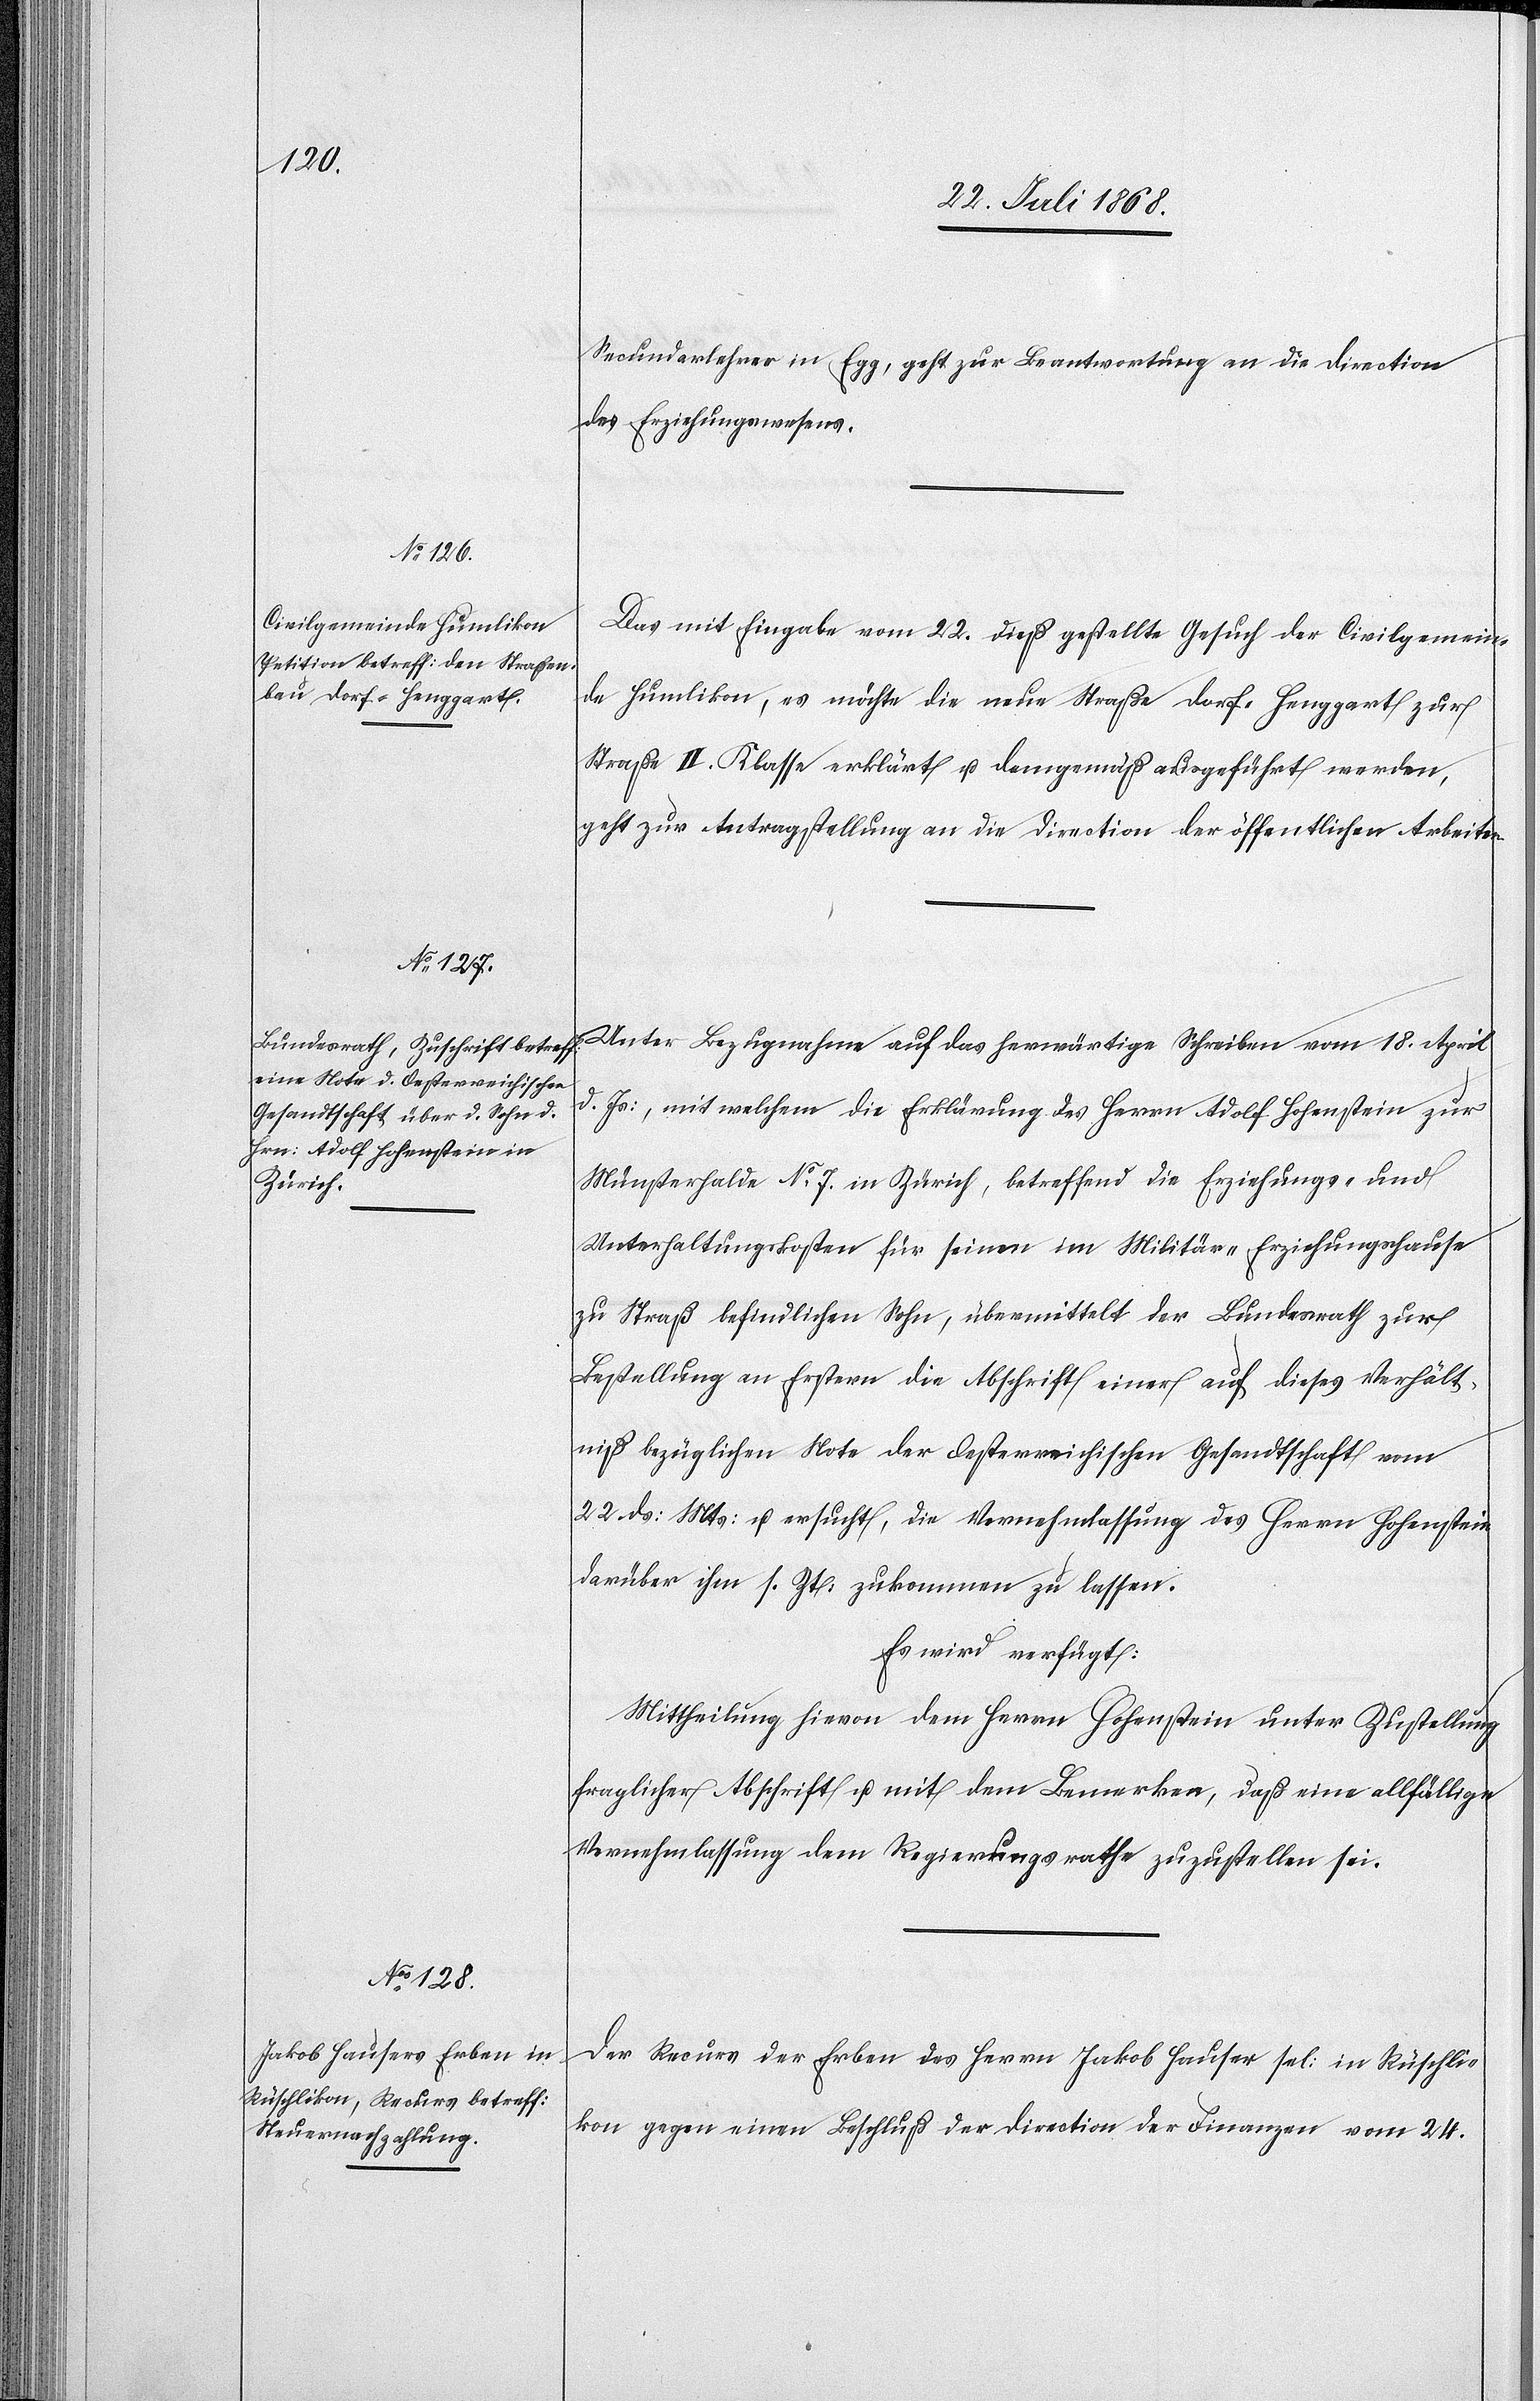
29. Juli 1868.]
Secundarlehrer in Egg, geht zur Beantwortung an die Direction
des Erziehungswesens.
Das mit Eingabe vom 22. dieß gestellte Gesuch der Civilgemein¬
de Humlikon, es möchte die neue Straße Dorf–Henggart zur
Straße II. Klasse erklärt u. demgemäß ausgeführt werden,
geht zur Antragstellung an die Direction der öffentlichen Arbeiten.
Unter Bezugnahme auf das herwärtige Schreiben vom 18. April
d. Js:, mit welchem die Erklärung des Herrn Adolf Hohenstein zur
Münsterhalde No 7. in Zürich, betreffend die Erziehungs- und
Unterhaltungskosten für seinen im Militär-Erziehungshause
zu Straß befindlichen Sohn, übermittelt der Bundesrath zur
Bestellung an Erstern die Abschrift einer auf dieses Verhält¬
niß bezüglichen Note der Oesterreichischen Gesandtschaft vom
22. ds: Mts: u. ersucht, die Vernehmlassung des Herrn Hohenstein
darüber ihm s. Zt. zukommen zu lassen.
Es wird verfügt:
Mittheilung hievon dem Herrn Hohenstein unter Zustellung
fraglicher Abschrift u. mit dem Bemerken, daß eine allfällige
Vernehmlassung dem Regierungsrathe zuzustellen sei.
Der Recurs der Erben des Herrn Jakob Hauser sel: in Rüschli¬
kon gegen einen Beschluß der Direction der Finanzen vom 24.